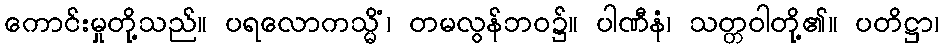
ကောင်းမှုတို့သည်။ ပရလောကသ္မိံ၊ တမလွန်ဘဝ၌။ ပါဏီနံ၊ သတ္တဝါတို့၏။ ပတိဋ္ဌာ၊